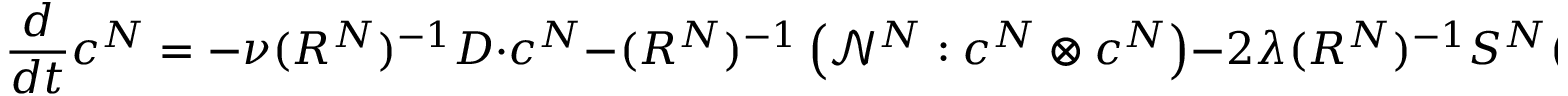
\frac { d } { d t } c ^ { N } = - \nu ( R ^ { N } ) ^ { - 1 } D \cdot c ^ { N } - ( R ^ { N } ) ^ { - 1 } \left( \mathcal { N } ^ { N } : c ^ { N } \otimes c ^ { N } \right) - 2 \lambda ( R ^ { N } ) ^ { - 1 } S ^ { N } ( t , c ^ { N } ) ,